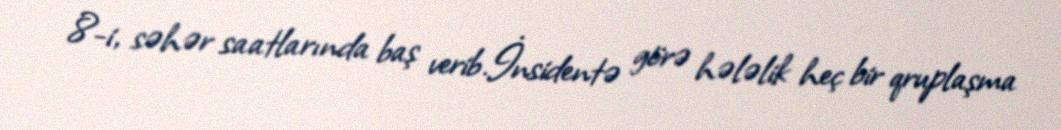
8-i, səhər saatlarında baş verib.İnsidentə görə hələlik heç bir qruplaşma